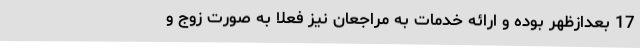
17 بعدازظهر بوده و ارائه خدمات به مراجعان نیز فعلاً به صورت زوج و